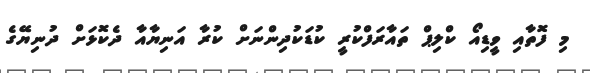
މި ފޮތާއި ވީޑިއޯ ކްލިޕް ތައާރަފްކުރީ ކުޑަކުދިންނަށް ކުރާ އަނިޔާއާ ދެކޮޅަށް ދުނިޔޭގެ